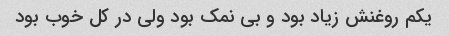
یکم روغنش زیاد بود و بی نمک بود ولی در کل خوب بود